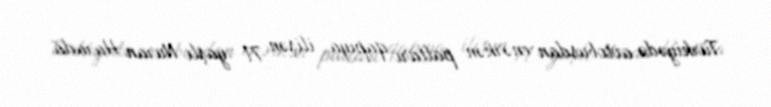
Türkiyədə avtobusdan enərkən paltarı qapıya ilişən 71 yaşlı Nuran Harada